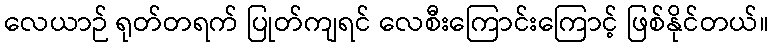
လေယာဉ် ရုတ်တရက် ပြုတ်ကျရင် လေစီးကြောင်းကြောင့် ဖြစ်နိုင်တယ်။